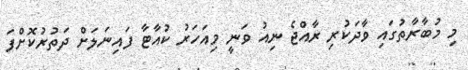
މި މުބާރާތުގައި ވާދަކުރި ރާއްޖެ ނިއު ވަނީ މިއަހަރު ކުއާޓާ ފައިނަލަށް ދަތުރުކޮށްފަ